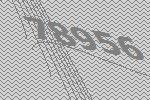
78956